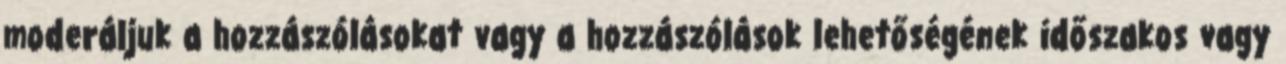
moderáljuk a hozzászólásokat vagy a hozzászólások lehetőségének időszakos vagy